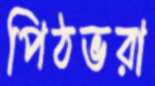
পিঠভরা